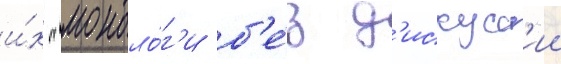
и́х "моноло́г'и б'е́з д'искусс'ии